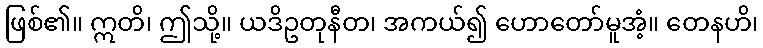
ဖြစ်၏။ ဣတိ၊ ဤသို့။ ယဒိဥတုနီတ၊ အကယ်၍ ဟောတော်မူအံ့။ တေနဟိ၊